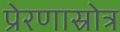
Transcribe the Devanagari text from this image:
प्रेरणास्रोत्र